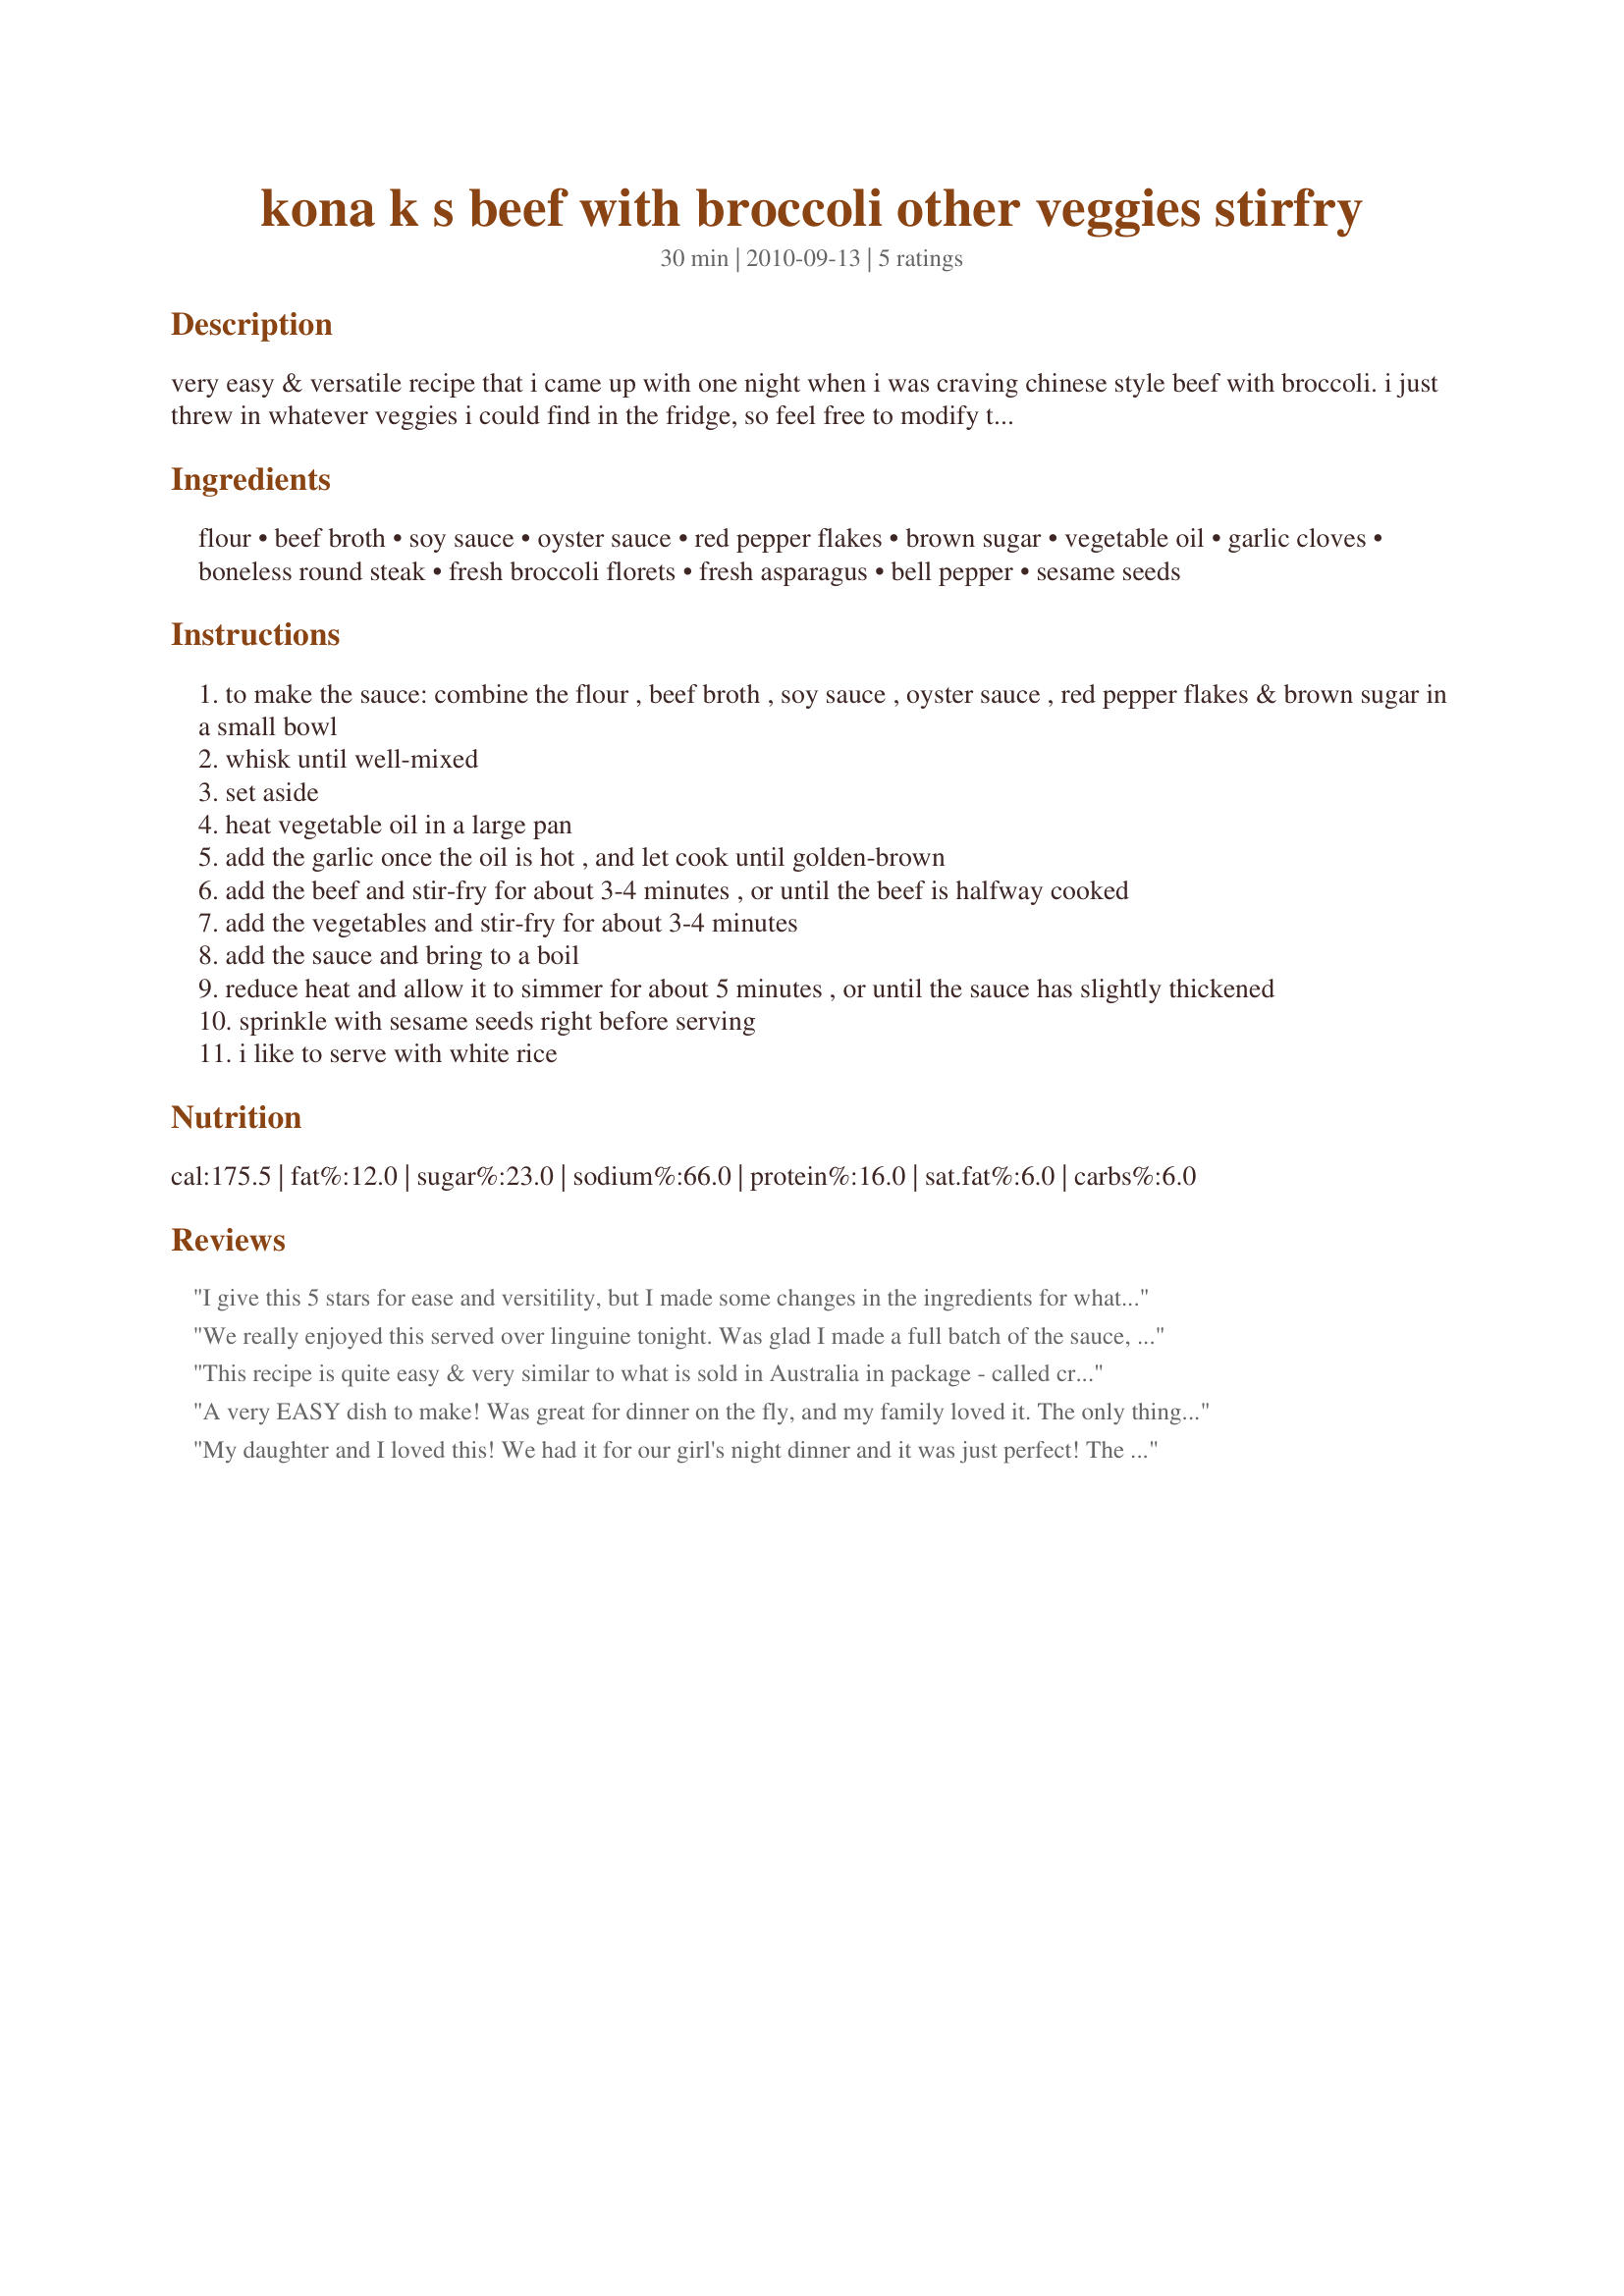
kona k s beef with broccoli other veggies stirfry
Preparation time: 30 minutes

very easy & versatile recipe that i came up with one night when i was craving chinese style beef with broccoli. i just threw in whatever veggies i could find in the fridge, so feel free to modify the recipe with the vegetables you have on hand. also, the mr. & i are garlic lovers, so please feel free to adjust the garlic according to your own personal tastes. you can adjust the amount of red pepper flakes depending on how much spice you like.

Ingredients:
flour, beef broth, soy sauce, oyster sauce, red pepper flakes, brown sugar, vegetable oil, garlic cloves, boneless round steak, fresh broccoli florets, fresh asparagus, bell pepper, sesame seeds

Steps:
to make the sauce: combine the flour , beef broth , soy sauce , oyster sauce , red pepper flakes & brown sugar in a small bowl
whisk until well-mixed
set aside
heat vegetable oil in a large pan
add the garlic once the oil is hot , and let cook until golden-brown
add the beef and stir-fry for about 3-4 minutes , or until the beef is halfway cooked
add the vegetables and stir-fry for about 3-4 minutes
add the sauce and bring to a boil
reduce heat and allow it to simmer for about 5 minutes , or until the sauce has slightly thickened
sprinkle with sesame seeds right before serving
i like to serve with white rice

Reviews:
I give this 5 stars for ease and versitility, but I made some changes in the ingredients for what I had on hand and incorporated some of my tried and true techniques. Here is a trick to always have tender beef: slice very thinly (while semi-frozen is easiest) then for each pound of beef massage into it 1 tsp. baking soda and let sit anywhere from 15 minutes to 3 hours (I usually do a couple of hours), then rinse and pat dry. Then I make a marinade of 2T low sodium soy sauce, 2 tsp. cornstarch and 1 tsp olive oil and let sit 10-15 minutes. This helps the sauce cling to the meat nicely after the cooking is completed, and additional cornstarch is often not needed to finish. I did not use the either the flour as the recipe directs, not did I use any more cornstarch. Unlike true asian cooking, I always steam my vegetables to barely tender-crisp and then toss in the sauce, I think it is easier to control and creates a fresher tasting product. Because soy sauce based dishes are high in sodium, I replace the soy sauce with a quickly prepared ponzu sauce, which cuts the sodium by half. I make it scaled down to the recipe I'm preparing but the basic recipe is to simply mix together 1/2 C low sodium soy sauce, 1/4 cup fresh orange juice, 2 tablespoons fresh lemon juice, 1 tablespoon water, 1 tablespoon mirin or sake (sweet rice wines) and 1/8 teaspoon crushed red pepper. I made some changes in the veggie ingredients, omitting the broccoli but doubling the asparagus and adding about 2C sliced mushrooms and I also tossed in some green onions to finish it. It came out really good, but because of all my changes, I can't rate the recipe for taste. With my changes it was definitely 5 stars.
We really enjoyed this served over linguine tonight. Was glad I made a full batch of the sauce, as I almost cut it in half. I replaced the flour with 2 tblsp. cornstarch, as others did. Very adaptable to taste, but I want to say thanks for the perfect amount of oyster sauce--nicely balanced.
This recipe is quite easy & very similar to what is sold in Australia in package - called creat a meal ( with an inclosed sauce ) It includes veg & sauce only so this is very very cheap alternative.
A very EASY dish to make! Was great for dinner on the fly, and my family loved it. The only thing I did differently was to marinade the beef for about 30mins first, then threw the sauce and beef in together. (I used a tougher cut and didn't want it to dry out) I too used corn starch instead of flour (just a matter of preference) and it turned out amazing! Thanks so much!
My daughter and I loved this! We had it for our girl's night dinner and it was just perfect! The only changes I made were to add about 1 T of Hoisin Sauce and to use corn starch in place of the flour.(2)
